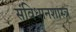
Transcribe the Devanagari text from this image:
संविधानशास्त्र